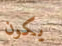
يكون